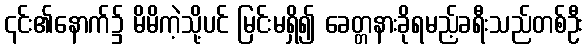
၎င်း၏နောက်၌ မိမိကဲ့သို့ပင် မြင်းမရှိ၍ ခေတ္တနားခိုရမည့်ခရီးသည်တစ်ဦး